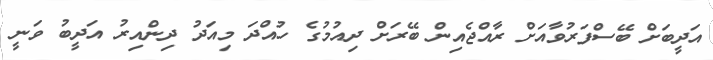
އަދީބަށް ބޭސްފަރުވާއަށް ރާއްޖެއިން ބޭރަށް ދިއުމުގެ ހުއްދަ މިއަދު ދިންއިރު އަދީބު ވަނީ